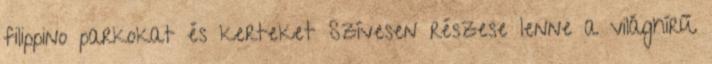
filippino parkokat és kerteket Szívesen részese lenne a világhírű